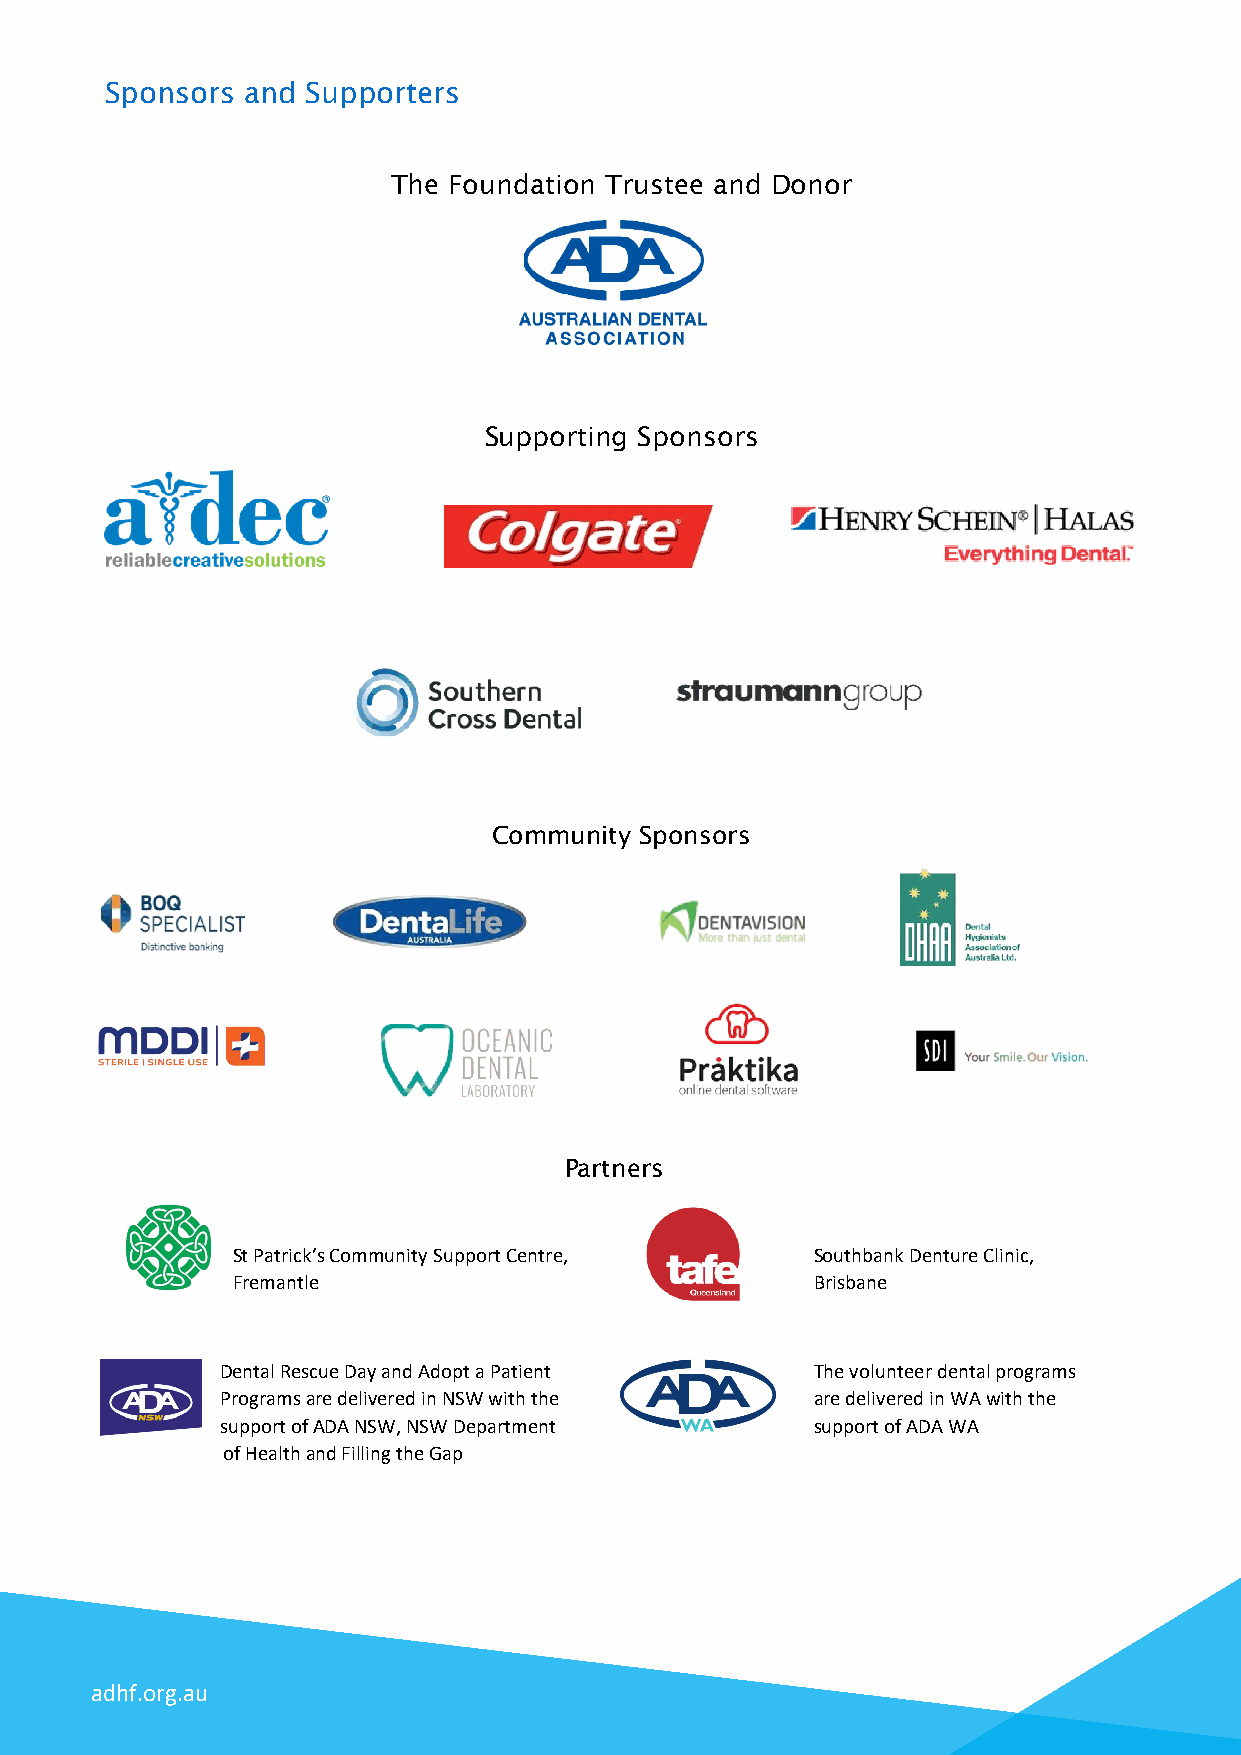
Sponsors and Supporters
 The Foundation Trustee and Donor
 Supporting Sponsors
 Community Sponsors
 Partners
 St Patrick’s Community Support Centre, Southbank Denture Clinic,
 Fremantle                              Brisbane
 Dental Rescue Day and Adopt a Patient  The volunteer dental programs
 Programs are delivered in NSW with the are delivered in WA with the
 support of ADA NSW, NSW Department     support of ADA WA
 of Health and Filling the Gap
 adhf.org.au